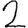
Digit: 2